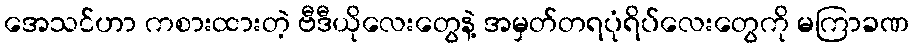
အေသင်ဟာ ကစားထားတဲ့ ဗီဒီယိုလေးတွေနဲ့ အမှတ်တရပုံရိပ်လေးတွေကို မကြာခဏ